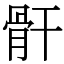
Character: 骭